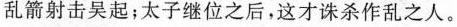
乱箭射击吴起;太子继位之后，这才诛杀作乱之人。